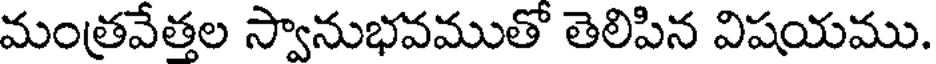
మంత్రవేత్తల స్వానుభవముతో తెలిపిన విషయము.